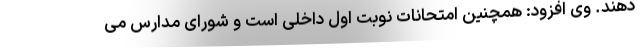
دهند. وی افزود: همچنین امتحانات نوبت اول داخلی است و شورای مدارس می